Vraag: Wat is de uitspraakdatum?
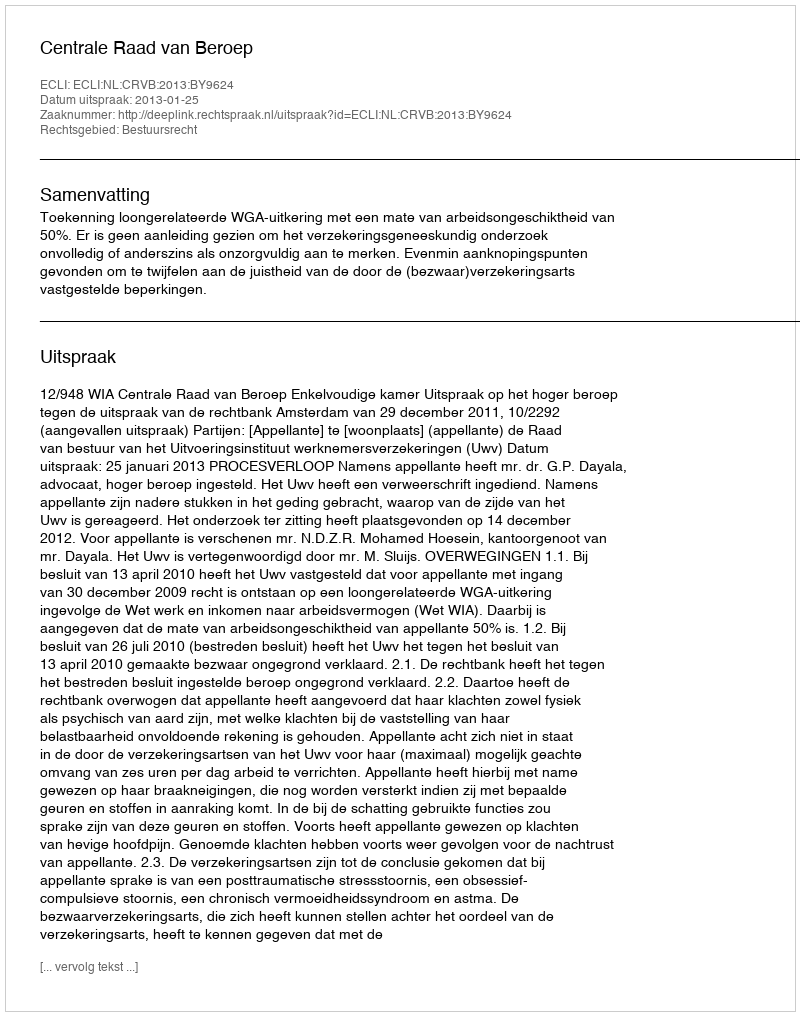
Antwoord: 2013-01-25